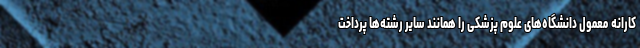
کارانه معمول دانشگاه‌های علوم پزشکی را همانند سایر رشته‌ها پرداخت